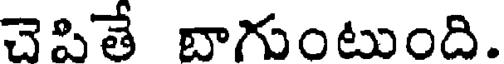
చెపితే బాగుంటుంది.